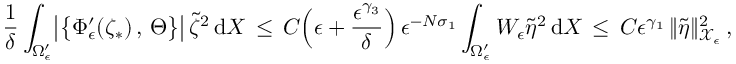
\frac { 1 } { \delta } \int _ { \Omega _ { \epsilon } ^ { \prime } } \bigl | \bigl \{ \Phi _ { \epsilon } ^ { \prime } ( \zeta _ { * } ) \, , \, \Theta \bigr \} \bigr | \, \tilde { \zeta } ^ { 2 } \, \mathrm { d } X \, \le \, C \Bigl ( \epsilon + \frac { \epsilon ^ { \gamma _ { 3 } } } { \delta } \Bigr ) \, \epsilon ^ { - N \sigma _ { 1 } } \int _ { \Omega _ { \epsilon } ^ { \prime } } W _ { \epsilon } \tilde { \eta } ^ { 2 } \, \mathrm { d } X \, \le \, C \epsilon ^ { \gamma _ { 1 } } \, \| \tilde { \eta } \| _ { \mathcal { X } _ { \epsilon } } ^ { 2 } \, ,